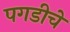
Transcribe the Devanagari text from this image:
पगडीचे